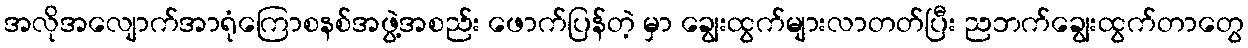
အလိုအလျောက်အာရုံကြောစနစ်အဖွဲ့အစည်း ဖောက်ပြန်တဲ့ မှာ ချွေးထွက်များလာတတ်ပြီး ညဘက်ချွေးထွက်တာတွေ